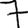
Digit: 7